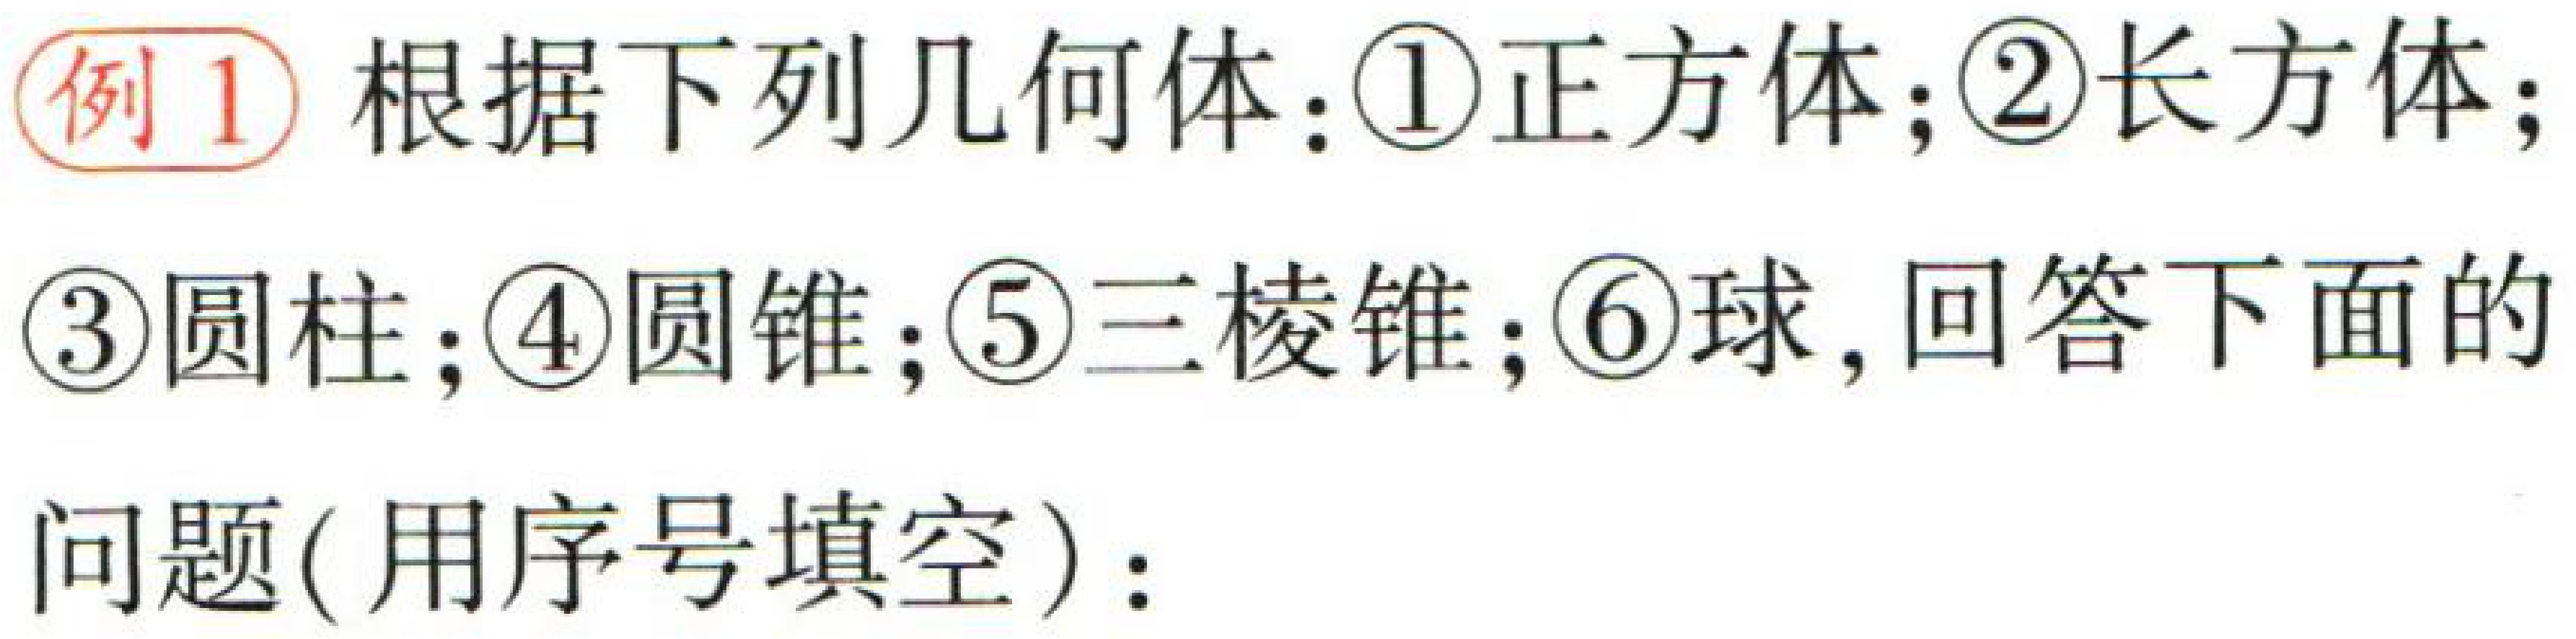
例1 根据下列几何体：\textcircled{1}正方体；\textcircled{2}长方体；\textcircled{3}圆柱；\textcircled{4}圆锥；\textcircled{5}三棱锥；\textcircled{6}球，回答下面的

问题(用序号填空)：